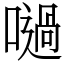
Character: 㗻